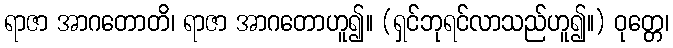
ရာဇာ အာဂတောတိ၊ ရာဇာ အာဂတောဟူ၍။ (ရှင်ဘုရင်လာသည်ဟူ၍။) ဝုတ္တေ၊